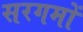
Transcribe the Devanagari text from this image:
सरगमों